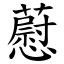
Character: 藯